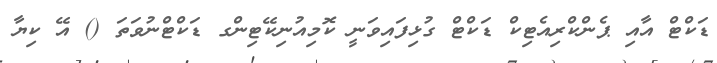
ޑަކްޓް އާއި ޕެންކްރިއެޓިކް ޑަކްޓް ގުޅިފައިވަނީ ކޮމިއުނިކޭޓިންގ ޑަކްޓްނުވަތަ () އޭ ކިޔާ